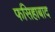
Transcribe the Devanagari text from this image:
फसिहाबाद